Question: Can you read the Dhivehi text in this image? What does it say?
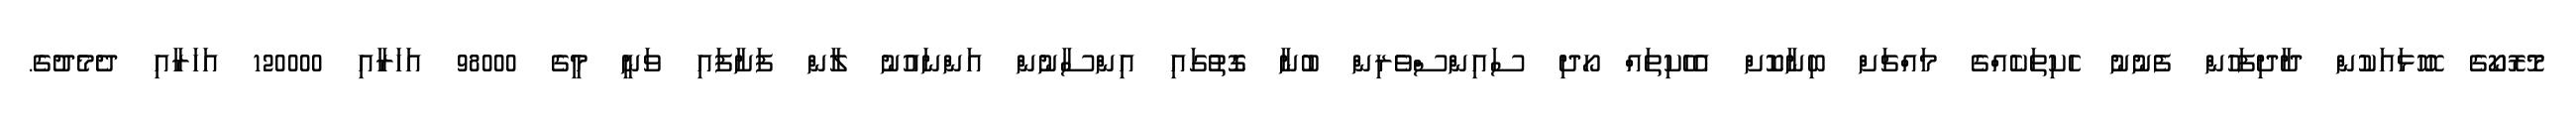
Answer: މޮރޮކޯގެ ހޮހޮޅައަކުން ދާދިފަހުން ފެނުނު ހެކިތަކެއްގެ މައްޗަށް ބިނާކޮށް އެހެކިތައް ހޯދި ސައިންސްވެރިން ބުނާ ގޮތުގައި އިންސާނުން އަންނައުނު ލާން ފަށާފައި ވަނީ މީގެ 98000 އަހަރާއި 120000 އަހަރާއި ދެމެދުގެ.